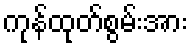
ကုန်ထုတ်စွမ်းအား